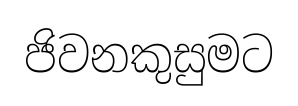
ජිවනකුසුමට